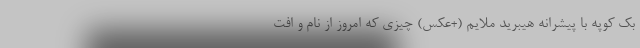
بک کوپه با پیشرانه هیبرید ملایم (+عکس) چیزی که امروز از نام و افت